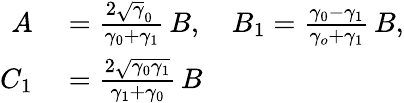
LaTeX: \begin{array}{rl}{A}&{{}=\frac{2\sqrt\gamma_{0}\, }{\gamma_{0}+\gamma_{1}}\, B,\quad B_{1}=\frac{\gamma_{0}-\gamma_{1}}{\gamma_{o}+\gamma_{1}}\, B,}\\ {C_{1}}&{{}=\frac{2\sqrt{\gamma_{0}\gamma_{1}}}{\gamma_{1}+\gamma_{0}}\, B}\end{array}